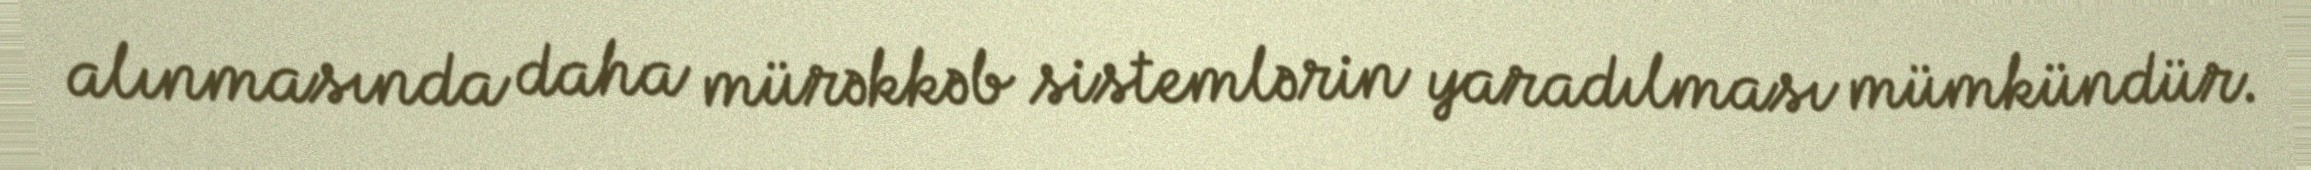
alınmasında daha mürəkkəb sistemlərin yaradılması mümkündür.